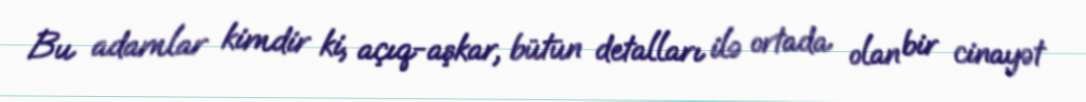
Bu adamlar kimdir ki, açıq-aşkar, bütün detalları ilə ortada olan bir cinayət